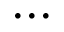
. . .